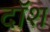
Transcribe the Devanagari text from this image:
दॉश